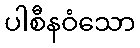
ပါစီနဝံသော